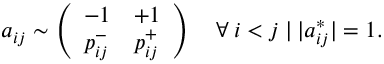
a _ { i j } \sim \left( \begin{array} { l l } { - 1 } & { + 1 } \\ { p _ { i j } ^ { - } } & { p _ { i j } ^ { + } } \end{array} \right) \quad \forall \: i < j \: | \: | a _ { i j } ^ { * } | = 1 .